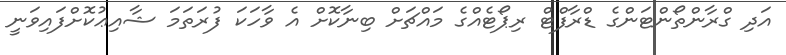
އަދި ގްރާންތޯންޓަންގެ ޑްރާފްޓް ރިޕޯޓެއްގެ މައްޗަށް ބިނާކޮށް އެ ވާހަކަ ފުރަތަމަ ޝާއިޢުކޮށްފައިވަނީ